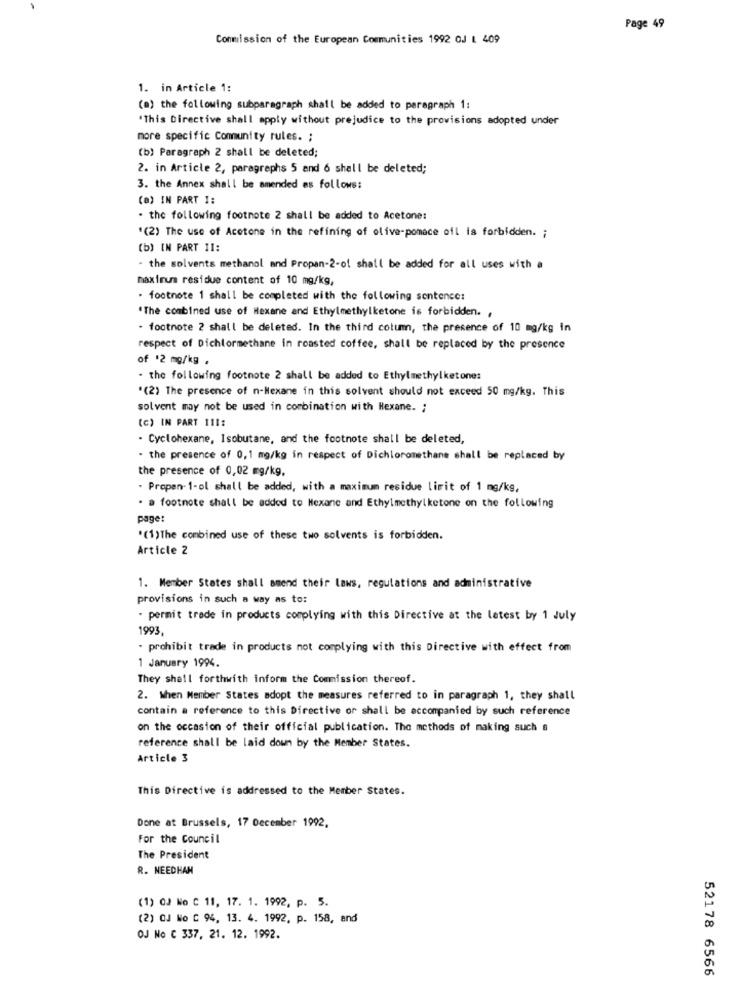
Page 49
Conmission of the European Communities 1992 OJ 1 409
1. in Article 1:
(a) the following subparagraph shall be added to paragraph 1:
"This Directive shall apply without prejudice to the provisions adopted under
more specific Community rules. ;
(b) Paragraph 2 shall be deleted;
2. in Article 2, paragraphs 5 and 6 shall be deleted;
3. the Annex shall be amended as follows:
(a) IN PART I:
. the following footnote 2 shall be added to Acetone:
"(2) The use of Acetone in the refining of olive-pomace oil is forbidden. ;
(b) IN PART 11:
- the solvents methanol and Propan-2-of shall be added for all uses with a
maximum residue content of 10 mg/kg,
- footnote 1 shall be completed with the following sentence:
The combined use of Hexane and Ethylmethylketone is forbidden. ,
- footnote 2 shall be deleted. In the third colum, the presence of 10 mg/kg in
respect of Dichlormethane in roasted coffee, shall be replaced by the presence
of '2 mg/kg .
- the following footnote 2 shall be added to Ethylmethylketones
"(2) The presence of n-Hexane in this solvent should not exceed 50 mg/kg. This
solvent may not be used in combination with Hexane. ;
(c) IN PART 111:
- Cyclohexane, Isobutane, and the footnote shall be deleted,
- the presence of 0,1 mg/kg in respect of Dichloromethane shall be replaced by
the presence of 0,02 mg/kg,
. Propen- 1-ol shall be added, with a maximum residue limit of 1 mg/kg,
. a footnote shall be added to Hexane and Ethylmethylketone on the following
page:
'(1)The combined use of these two solvents is forbidden.
Article 2
1. Member States shall amend their laws, regulations and administrative
provisions in such a way as to:
- permit trade in products complying with this Directive at the latest by 1 July
1993
- prohibit trade in products not complying with this Directive with effect from
1 January 1994.
They shall forthwith inform the Commission thereof.
2. When Member States adopt the measures referred to in paragraph 1, they shall
contain a reference to this Directive or shall be accompanied by such reference
on the occasion of their official publication. The methods of making such a
reference shall be laid down by the Member States.
Article 3
This Directive is addressed to the Member States.
Done at Brussels, 17 December 1992.
For the Council
The President
R. NEEDHAM
(1) QJ No C 11, 17. 1. 1992, p. 5.
(2) QJ No C 94, 13. 4. 1992, p. 158, and
OJ No C 337, 21. 12. 1992.
52178 6566